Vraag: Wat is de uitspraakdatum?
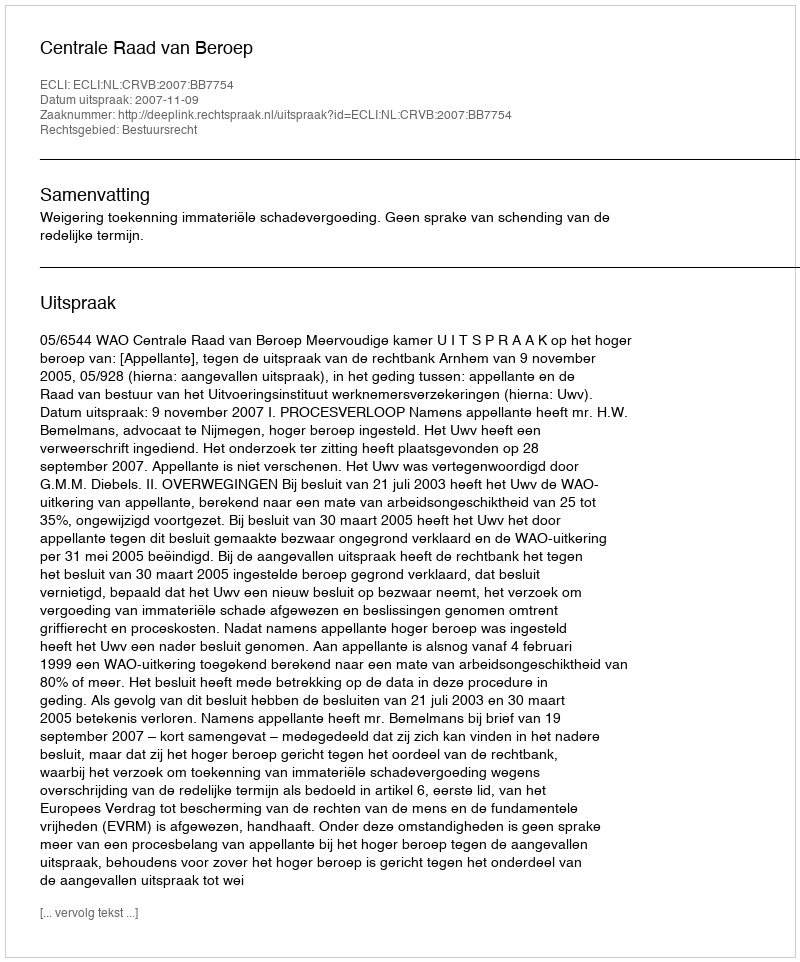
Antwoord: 2007-11-09